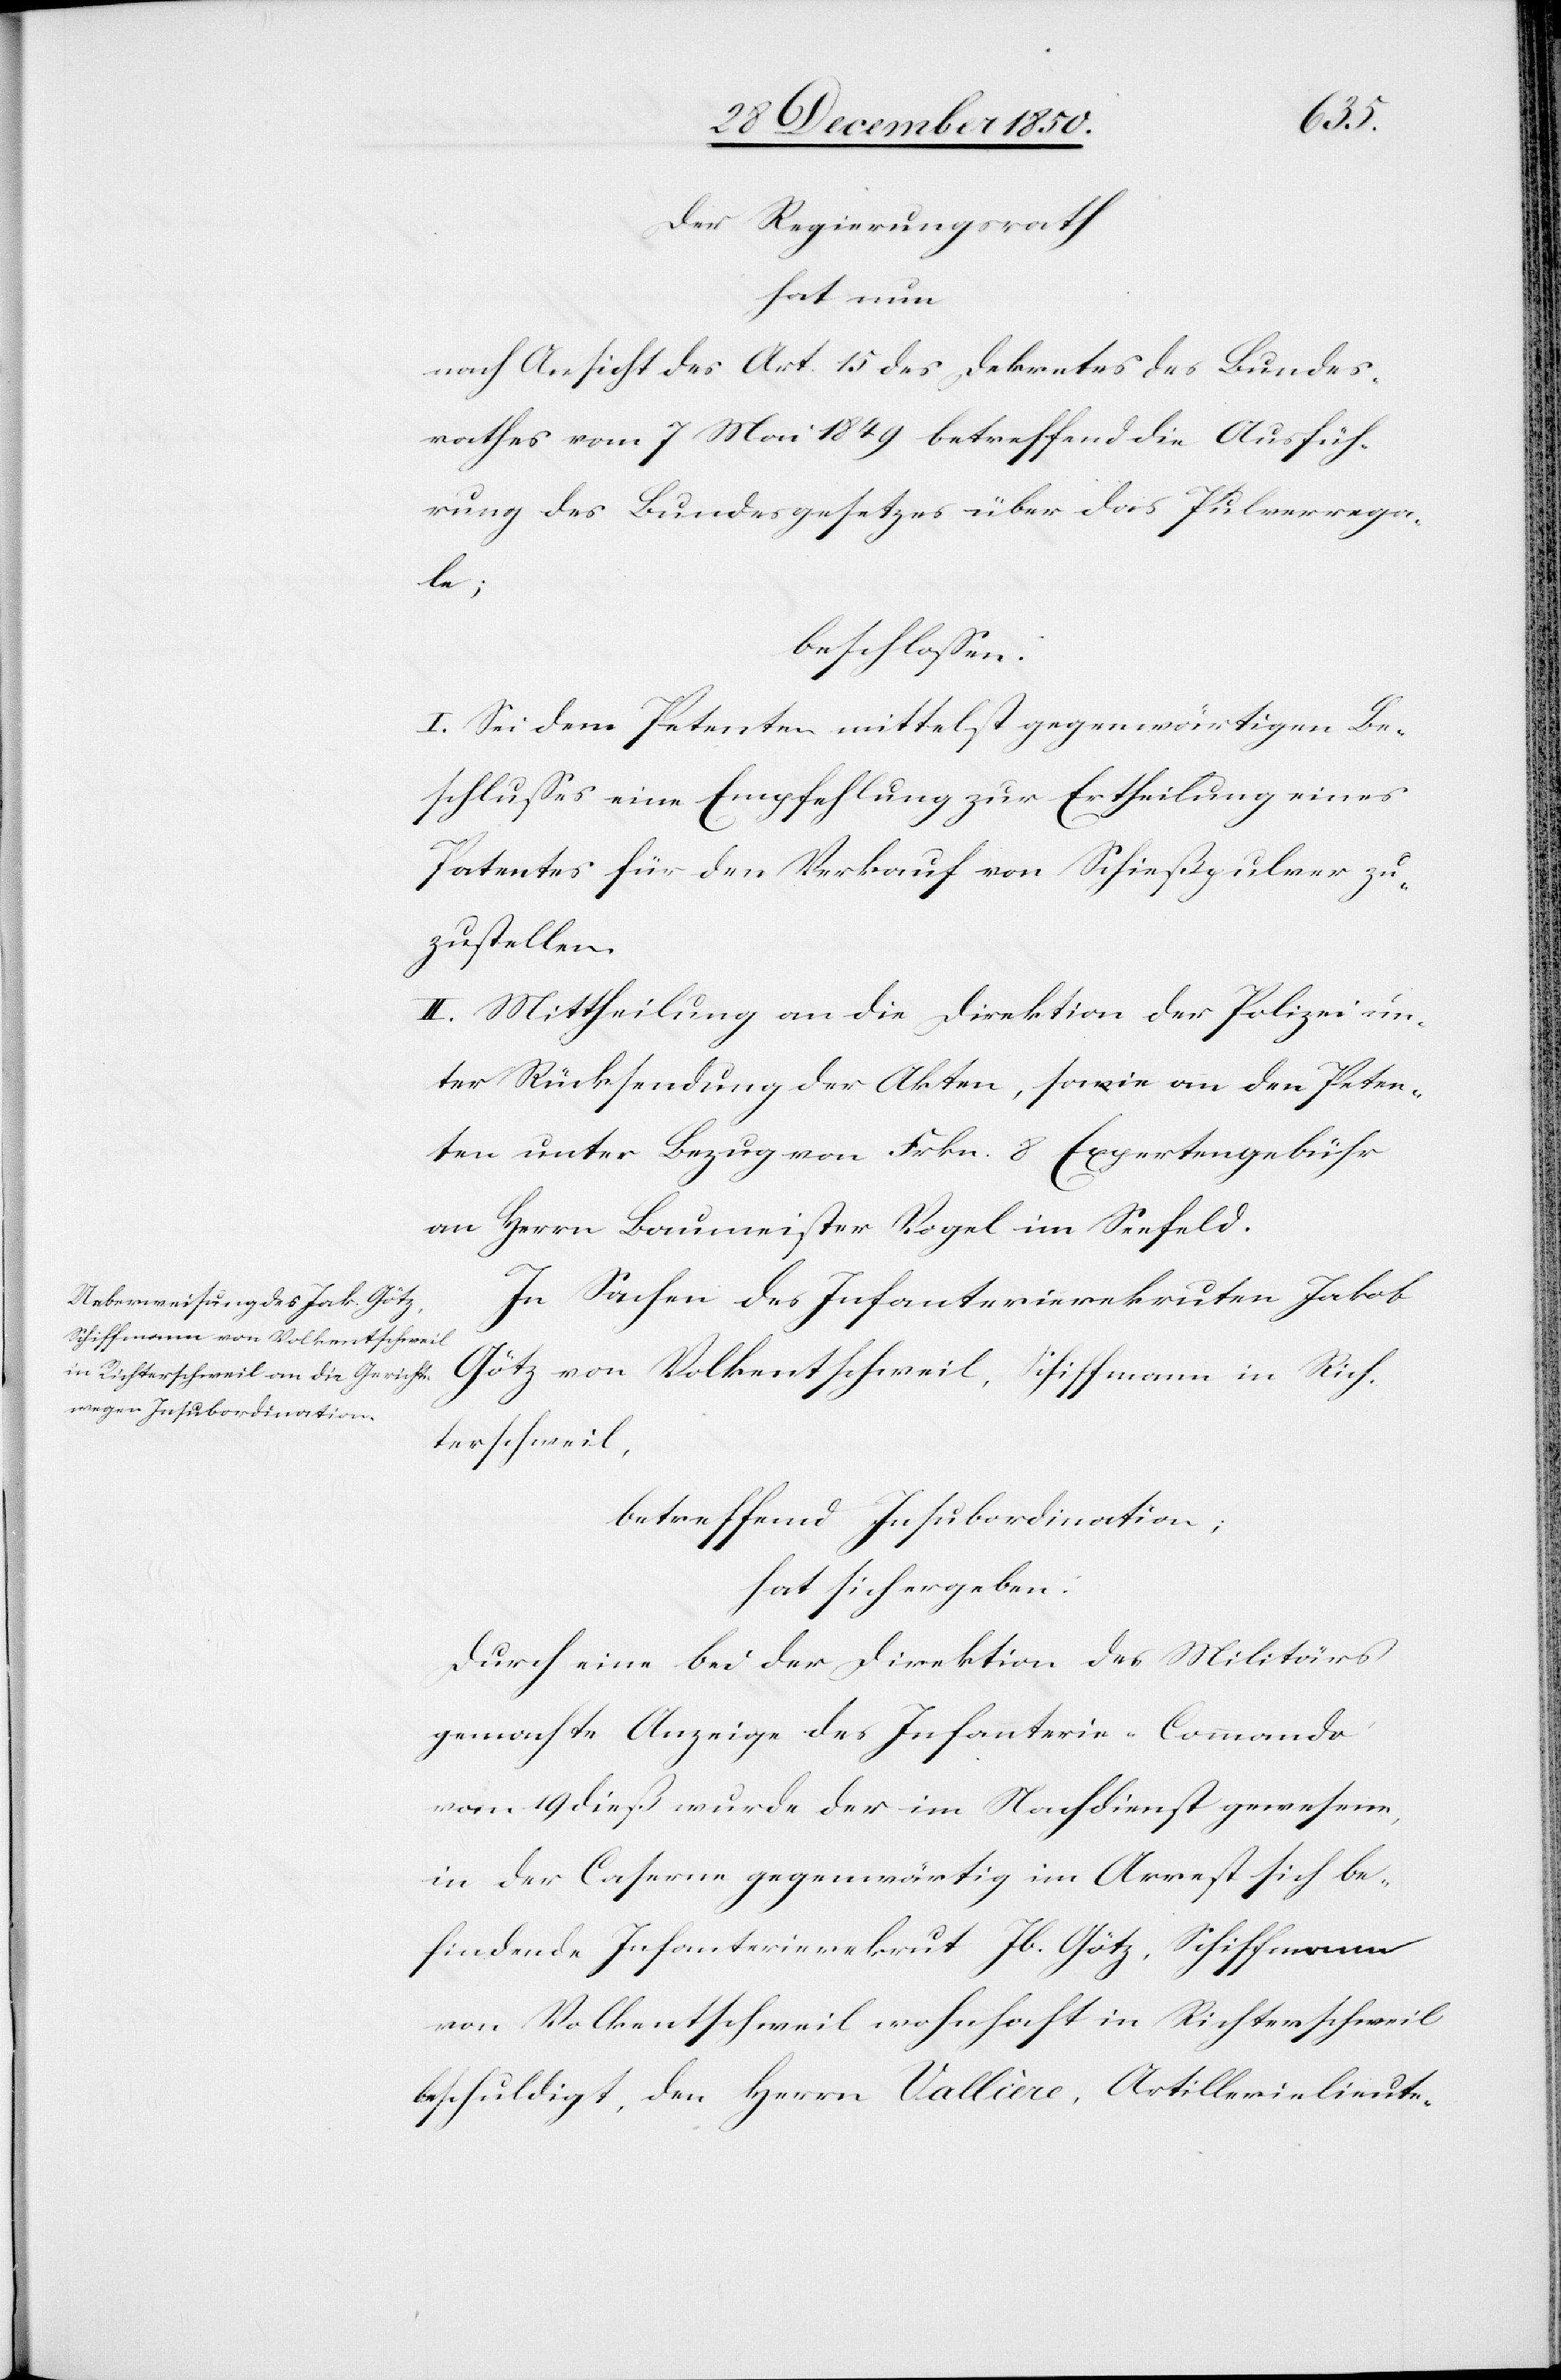
Der Regierungsrath
hat nun
nach Ansicht des Art. 15 des Dekretes des Bundes¬
rathes vom 7 Mai 1849 betreffend die Ausfüh¬
rung des Bundesgesetzes über die Pulverrega¬
le;
beschlossen:
I. Sei dem Petenten mittelst gegenwärtigen Be¬
schlusses eine Empfehlung zur Ertheilung eines
Patentes für den Verkauf von Schießpulver zu¬
zustellen.
II. Mittheilung an die Direktion der Polizei un¬
ter Rücksendung der Akten, sowie an den Peten¬
ten unter Bezug von Frkn. 8 Expertengebühr
an Herrn Baumeister Vogel im Seefeld.
In Sachen des Infanterierekruten Jakob
Götz von Volkentschweil, Schiffmann in Rich¬
terschweil,
betreffend Insubordination;
hat sich ergeben:
Durch eine bei der Direktion des Militärs
gemachte Anzeige des Infanterie-Commando
vom 19 dieß wurde der im Nachdienst gewesene,
in der Caserne gegenwärtig im Arrest sich be¬
findende Infanterierekrut Jb. Götz, Schiffmann
von Volkentschweil wohnhaft in Richterschweil
beschuldigt, den Herrn Vallière, Artillerielieute-